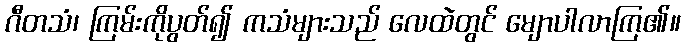
ဂီတသံ၊ ကြမ်းကိုပွတ်၍ ကသံများသည် လေထဲတွင် မျောပါလာကြ၏။